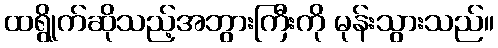
ထရွိုက်ဆိုသည့်အဘွားကြီးကို မုန်းသွားသည်။